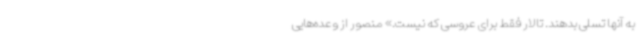
به آنها تسلی بدهند. تالار فقط برای عروسی که نیست.» منصور از وعده‌هایی